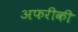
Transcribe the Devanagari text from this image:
अफरीकी